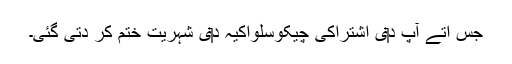
جس اُتے آپ د‏‏ی اشتراکی چیکوسلواکیہ د‏‏ی شہریت ختم کر دتی گئی۔